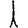
Digit: 1